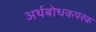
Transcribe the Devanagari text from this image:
अर्थबोधकपरक